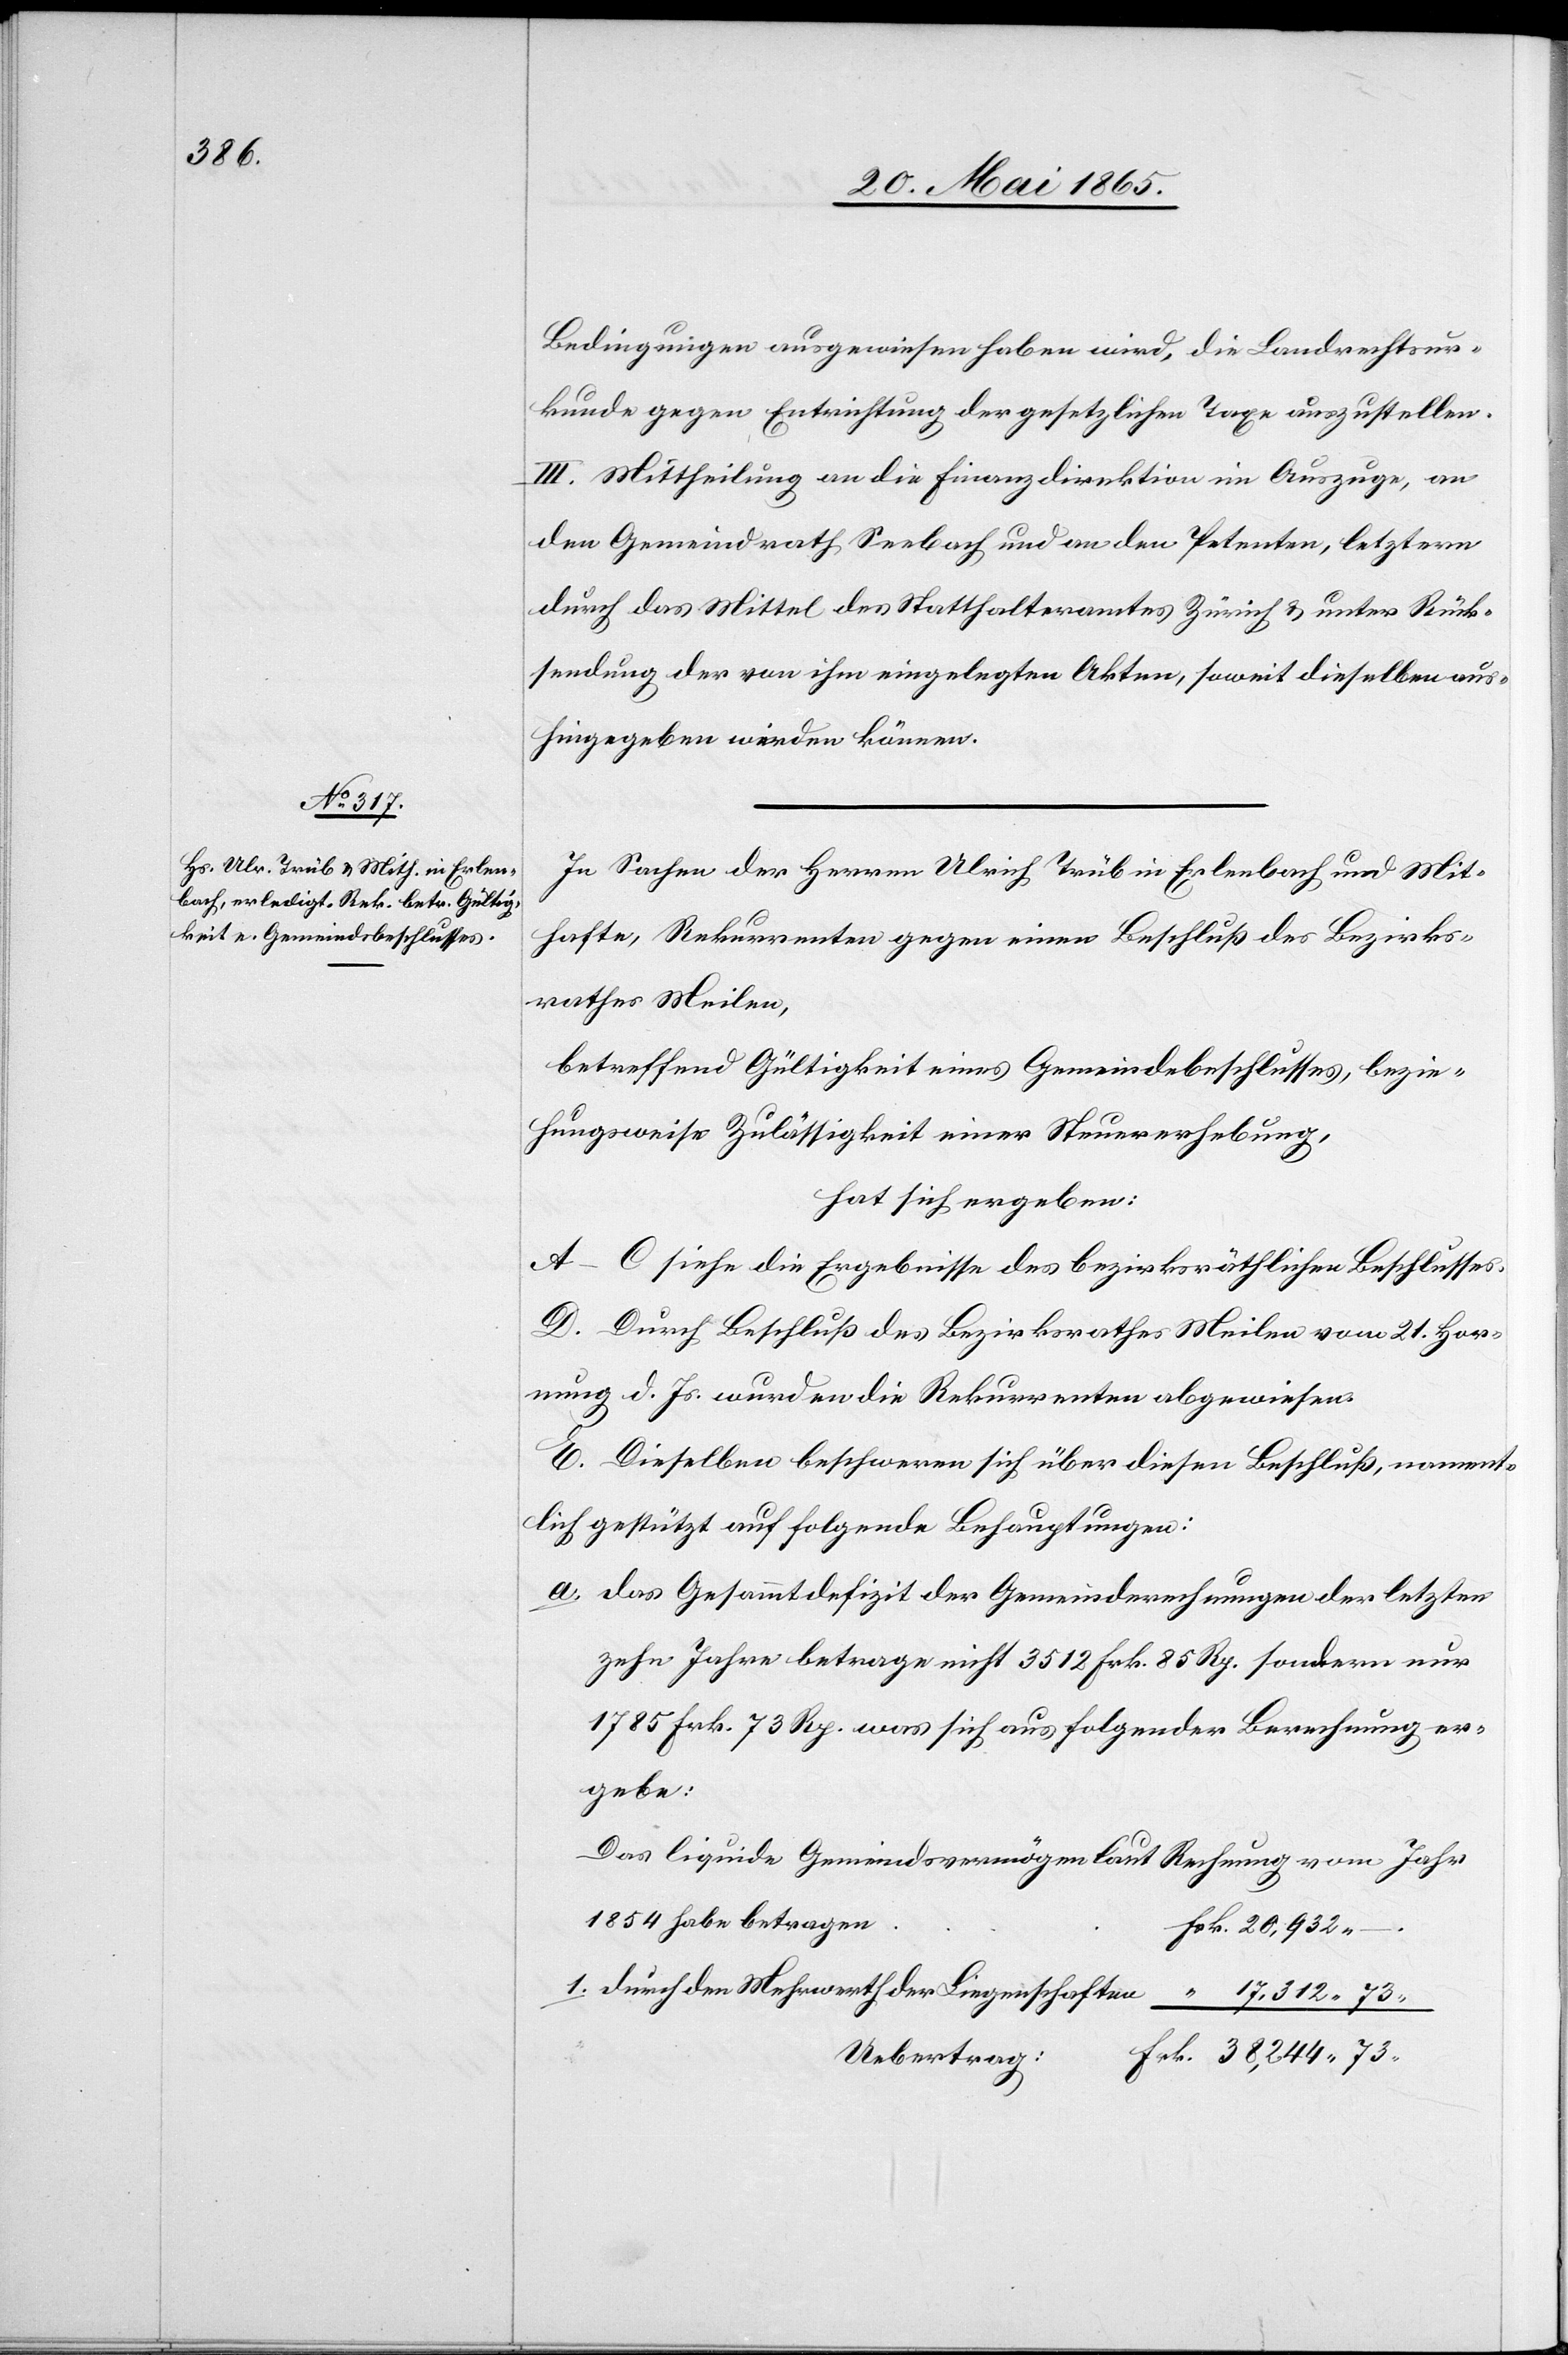
Bedingungen ausgewiesen haben wird, die Landrechtsur¬
kunde gegen Entrichtung der gesetzlichen Taxe auszustellen.
III. Mittheilung an die Finanzdirektion im Auszuge, an
den Gemeindrath Seebach und an den Petenten, letztern
durch das Mittel des Statthalteramtes Zürich & unter Rück¬
sendung der von ihm eingelegten Akten, soweit dieselben aus¬
hingegeben werden können.
In Sachen der Herren Ulrich Trüb in Erlenbach und Mit¬
hafte, Rekurrenten gegen einen Beschluß des Bezirks¬
rathes Meilen,
betreffend Gültigkeit eines Gemeindebeschlusses, bezie¬
hungsweise Zulässigkeit einer Steuererhebung,
hat sich ergeben:
A–C siehe die Ergebnisse des bezirksräthlichen Beschlusses.
D. Durch Beschluß des Bezirksrathes Meilen vom 21. Hor¬
nung d. Js. wurden die Rekurrenten abgewiesen.
E. Dieselben beschweren sich über diesen Beschluß, nament¬
lich gestützt auf folgende Behauptungen:
a. Das Gesammtdefizit der Gemeinderechnungen der letzten
zehn Jahre betrage nicht 3512 Frk. 85 Rp. sondern nur
1785 Frk. 73 Rp. was sich aus folgender Berechnung er¬
gebe:
Das liquide Gemeindsvermögen laut Rechnung vom Jahr
1854 habe betragen